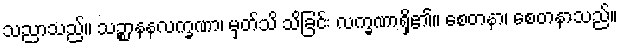
သညာသည်။ သဉ္စာနနလက္ခဏာ၊ မှတ်သိ သိခြင်း လက္ခဏာရှိ၏။ စေတနာ၊ စေတနာသည်။